Punjab Mental Hospital Lahore 1922-31 - 1922-1931
Year: 1922
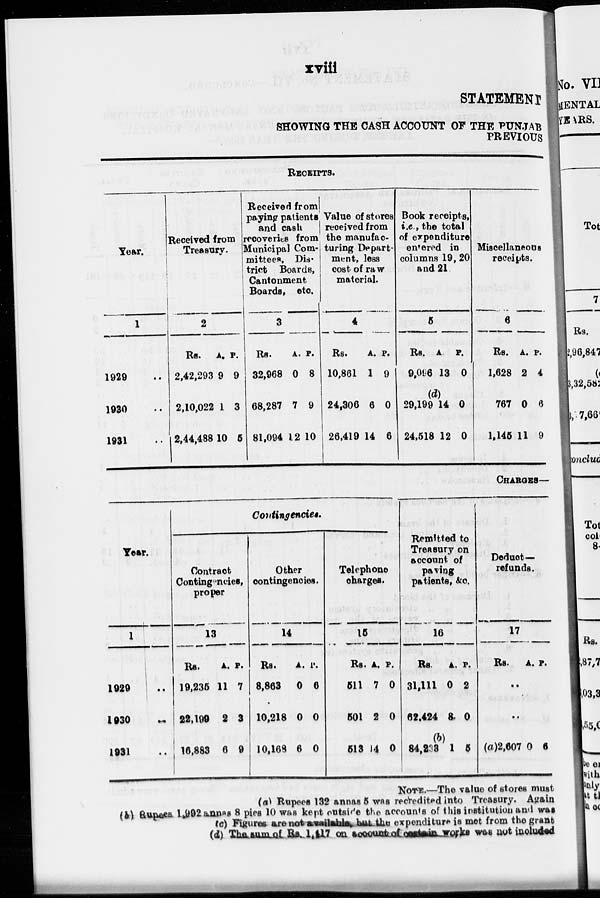
xviii
STATEMENT
SHOWING THE CASH ACCOUNT OF THE PUNJAB
PREVIOUS
RECEIPTS.
Year.
1
1929 ..
1930 ..
1931 ..
Received from
Treasury.
2
Rs.
2,42,293
2,10,022
2,44,488
A.
9
1
10
P.
9
3
5
Received from
paying patients
and cash
recoveries from
Municipal Com-
mittees, Dis-
trict Boards,
Cantonment
Boards, etc.
3
Rs.
32,968
68,287
81,094
A.
0
7
12
P.
8
9
10
Value of stores
received from
the manufac-
turing Depart-
ment, less
cost of raw
material.
4
Rs.
10,861
24,306
26,419
A.
1
6
14
P.
9
0
6
Book receipts,
i.e., the total
of expenditure
entered in
columns 19, 20
and 21.
5
Rs.
9,096
29,199
24,518
A
13
(d)
14
12
P.
0
0
0
Miscellaneous
receipts.
6
Rs.
1,628
767
1,145
A.
2
0
11
P.
4
6
9
CHARGES—
Year.
1
1929 ..
1930 ..
1931 ..
Contingencies
Contract
Contingencies,
proper
13
Rs.
19,235
22,199
16,883
A.
11
2
6
P.
7
3
9
Other
contingencies.
14
Rs.
8,863
10,218
10,168
A.
0
0
6
P.
6
0
0
Telephone
charges.
15
Rs.
511
501
513
A.
7
2
14
P.
0
0
0
Remitted to
Treasury on
account of
paving
patients, &c.
16
Rs.
31,111
62,424
84,233
A.
0
8
(b)
1
P.
2
0
5
Deduct—
refunds.
17
Rs.
A. P.
..
..
(a)2,607 0 6
NOTE.—The value of stores must
(a) Rupees 132 annas 5 was recredited into Treasury. Again
(b) Rupees l,992 annas 8 pies 10 was kept outside the accounts of this institution and was
(c) Figures are not available but the expenditure is met from the grant
(d) The sum of Rs 1,417 on account of certain works was not included